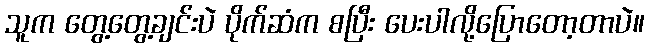
သူက တွေ့တွေ့ချင်းပဲ ပိုက်ဆံက စပြီး ပေးပါလို့ပြောတော့တာပဲ။